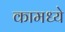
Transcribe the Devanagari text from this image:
कामध्ये